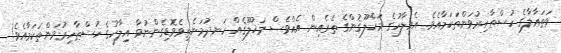
ވަތަޢާލާގެ ހުސްޠާހިރުވަންތަކަމާއެވެ. އެއިލާހުގެ މަޚްލޫޤުންގެ ތެރެއިން އެއްވެސް މަޚުލޫޤެއް ހަނދުމަނެތިވެވޮޑިގެންނުވާ އިލާހުގެ ހުސްޠާހިރުވަންތަކަމާއެވެ!